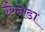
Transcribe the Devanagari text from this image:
ग्र्रेनेडा